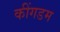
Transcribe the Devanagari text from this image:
कींगडम